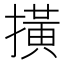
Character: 撗